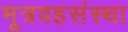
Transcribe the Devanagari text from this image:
मूत्रवहसंस्था